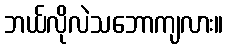
ဘယ်လိုလဲသဘောကျလား။